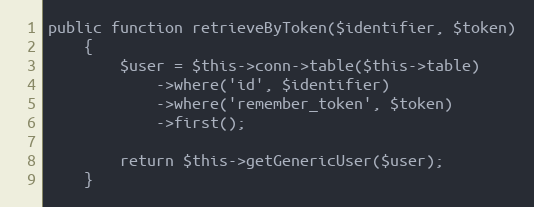
Language: PHP
public function retrieveByToken($identifier, $token)
	{
		$user = $this->conn->table($this->table)
			->where('id', $identifier)
			->where('remember_token', $token)
			->first();

		return $this->getGenericUser($user);
	}